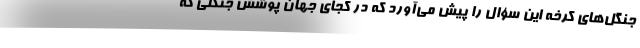
جنگل‌های کرخه این سؤال را پیش می‌آورد که در کجای جهان پوشش جنگلی که